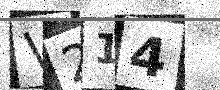
Text: V214